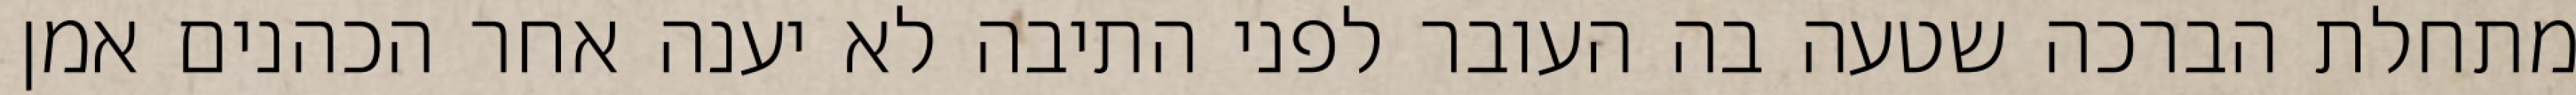
מתחלת הברכה שטעה בה העובר לפני התיבה לא יענה אחר הכהנים אמן